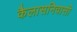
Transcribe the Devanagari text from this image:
कैलासनिवासी